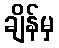
ချိန်မှ